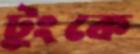
টুংকে